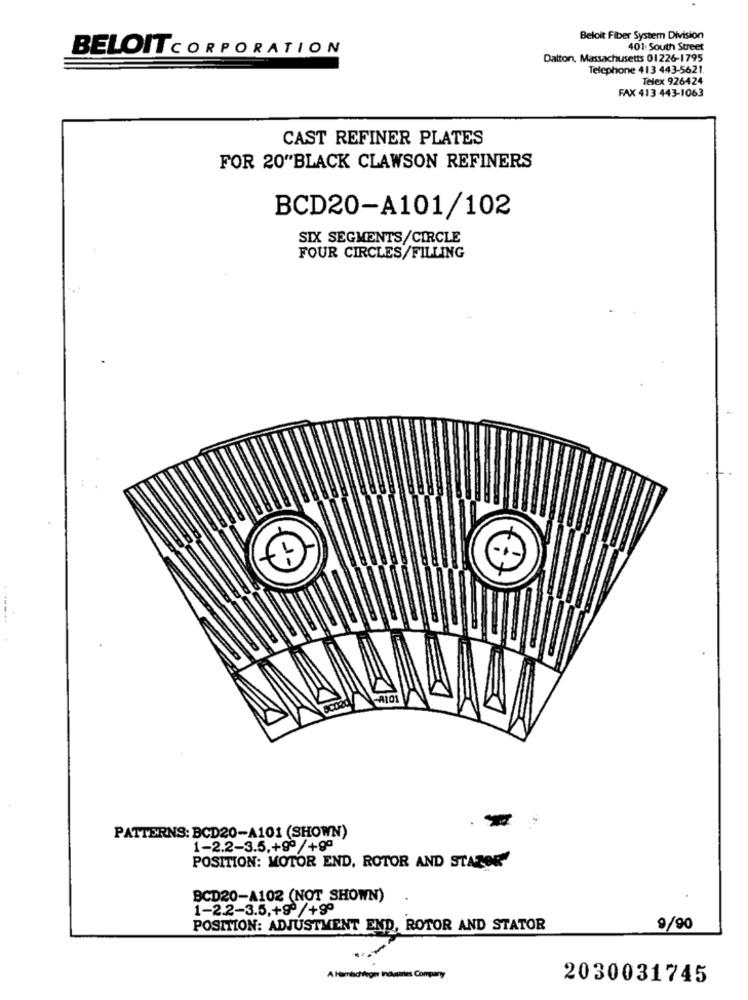
Beloit Fiber System Division
BELOIT CORPORATION
401: South Street
Dalton, Massachusetts 01226-1795
Telephone 413 443-5621.
Telex 926424
FAX 413 443-1063
CAST REFINER PLATES
FOR 20"BLACK CLAWSON REFINERS
BCD20-A101/102
SIX SEGMENTS/CIRCLE
FOUR CIRCLES/FILLING
PATTERNS: BCD20-A101 (SHOWN)
1-2.2-3.5,+90 /+90
POSITION: MOTOR END, ROTOR AND STAZOR"
BCD20-A102 (NOT SHOWN)
1-2.2-3.5,+90 /+90
POSITION: ADJUSTMENT END, ROTOR AND STATOR
9/90
A Hambachfeger Inaugantes Company
2030031745